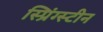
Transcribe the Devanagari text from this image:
स्प्रिंग्स्टीन